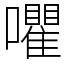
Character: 㘗